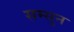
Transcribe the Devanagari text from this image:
सम्सुन